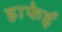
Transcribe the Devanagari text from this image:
हाफेई